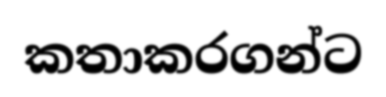
කතාකරගන්ට